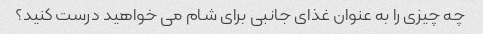
چه چیزی را به عنوان غذای جانبی برای شام می خواهید درست کنید؟